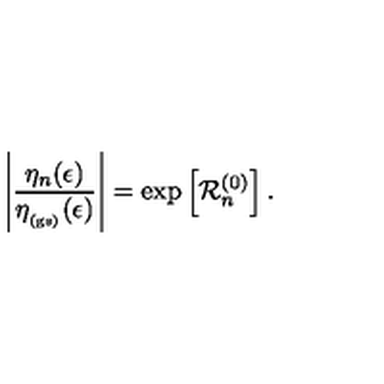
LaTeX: \left| \frac { \eta _ { n } ( \epsilon ) } { \eta _ { _ \mathrm { ( g s ) } } ( \epsilon ) } \right| = \exp \left[ { \mathcal R } _ { n } ^ { ( 0 ) } \right] .